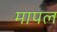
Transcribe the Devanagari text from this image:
मापल